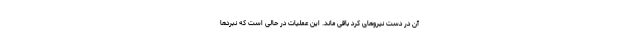
آن در دست نیروهای کرد باقی ماند. این عملیات در حالی است که نبردها